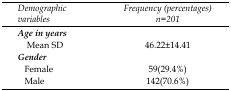
| Demographic variables | Frequency (percentages) n=201 |
 | --- | --- |
 | Age in years |  |
 | Mean SD | 46.22±14.41 |
 | Gender |  |
 | Female | 59(29.4%) |
 | Male | 142(70.6%) |